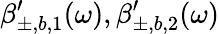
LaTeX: \beta_{\pm,b,1}^{\prime}(\omega),\beta_{\pm,b,2}^{\prime}(\omega)